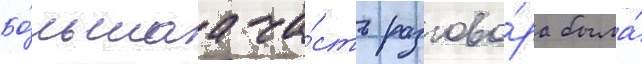
Бо́льшаа ча́сть разгово́ра была́